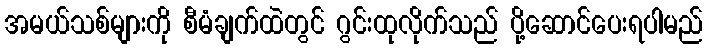
အမယ်သစ်များကို စီမံချက်ထဲတွင် ဂွင်းထုလိုက်သည် ပို့ဆောင်ပေးရပါမည်